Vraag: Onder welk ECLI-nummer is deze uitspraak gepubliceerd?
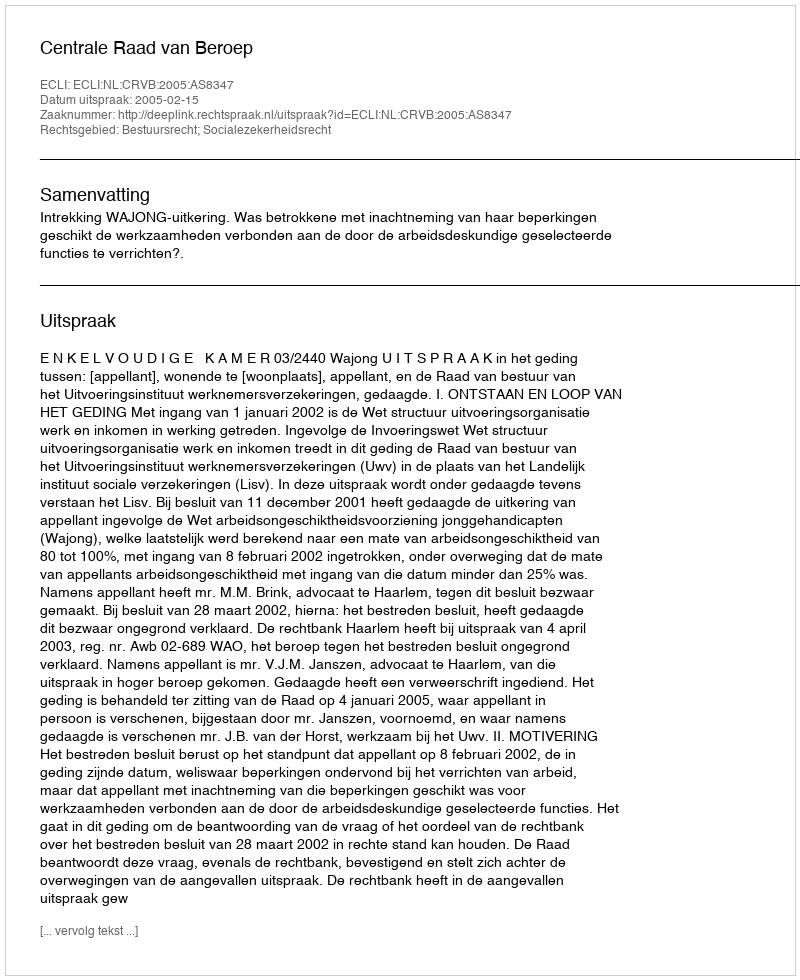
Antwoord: ECLI:NL:CRVB:2005:AS8347